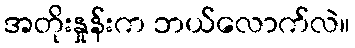
အတိုးနှုန်းက ဘယ်လောက်လဲ။